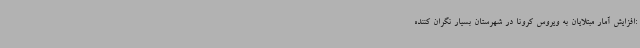
:افزایش آمار مبتلایان به ویروس کرونا در شهرستان بسیار نگران کننده